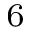
_ 6